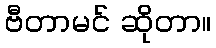
ဗီတာမင် ဆိုတာ။